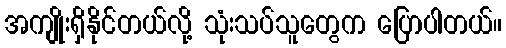
အကျိုးရှိနိုင်တယ်လို့ သုံးသပ်သူတွေက ပြောပါတယ်။